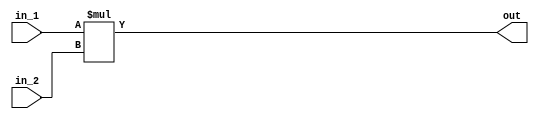
module signed_multiply
#(parameter WIDTH=16)
(
 input signed [WIDTH-1:0] in_1,
 input signed [WIDTH-1:0] in_2,
 output [2*WIDTH-1:0] out
);

 assign out = in_1 * in_2;

endmodule